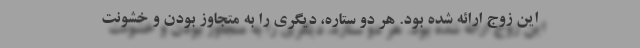
این زوج ارائه شده بود. هر دو ستاره، دیگری را به متجاوز بودن و خشونت